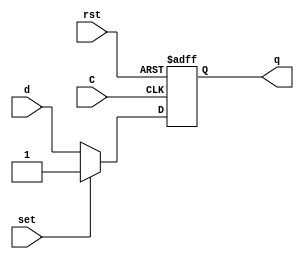
`default_nettype none


module fdre(
    input wire C,        // Clock input
    input wire rst,        // Reset input
    input wire set,        // Set input
    input wire d,          // Data input
    output wire q          // Q output
    );

    reg q_reg;  // Flip-flop output register

    always @(posedge C or posedge rst) begin
        if (rst) begin
            q_reg <= 1'b0;  // Reset condition
        end else if (set) begin
            q_reg <= 1'b1;  // Set condition
        end else begin
            q_reg <= d;      // Data is transferred on the rising edge of the clock
        end
    end

assign q = q_reg;
endmodule